Civil Veterinary Dept. Bombay admin report 1914-1922 - 1914-1922
Year: 1914
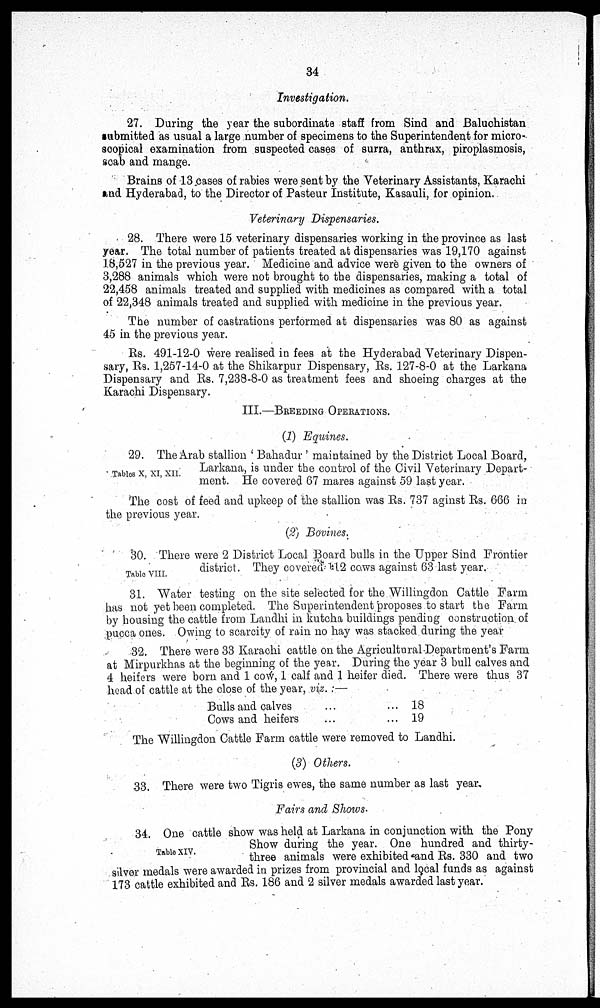
34
Investigation.
27. During the year the subordinate staff from Sind and Baluchistan
submitted as usual a large number of specimens to the Superintendent for micro-
scopical examination from suspected cases of surra, anthrax, piroplasmosis,
scab and mange.
Brains of 13 cases of rabies were sent by the Veterinary Assistants, Karachi
and Hyderabad, to the Director of Pasteur Institute, Kasauli, for opinion.
Veterinary Dispensaries.
28. There were 15 veterinary dispensaries working in the province as last
year. The total number of patients treated at dispensaries was 19,170 against
18,527 in the previous year. Medicine and advice were given to the owners of
3,288 animals which were not brought to the dispensaries, making a total of
22,458 animals treated and supplied with medicines as compared with a total
of 22,348 animals treated and supplied with medicine in the previous year.
The number of castrations performed at dispensaries was 80 as against
45 in the previous year.
Rs. 491-12-0 were realised in fees at the Hyderabad Veterinary Dispen-
sary, Rs. 1,257-14-0 at the Shikarpur Dispensary, Rs. 127-8-0 at the Larkana
Dispensary and Rs. 7,238-8-0 as treatment fees and shoeing charges at the
Karachi Dispensary.
III.—BREEDING OPERATIONS.
(1) Equines.
Tables X, XI, XII.
29. The Arab stallion 'Bahadur' maintained by the District Local Board,
Larkana, is under the control of the Civil Veterinary Depart-
ment. He covered 67 mares against 59 last year.
The cost of feed and upkeep of the stallion was Rs. 737 aginst Rs. 666 in
the previous year.
(2) Bovines;
Table VIII.
30. There were 2 District Local Board bulls in the Upper Sind Frontier
district. They covered 112 cows against 63 last year.
31. Water testing on the site selected for the Willingdon Cattle Farm
has not yet been completed. The Superintendent proposes to start the Farm
by housing the cattle from Landhi in kutcha buildings pending construction of
pucca ones. Owing to scarcity of rain no hay was stacked during the year
32. There were 33 Karachi cattle on the Agricultural Department's Farm
at Mirpurkhas at the beginning of the year. During the year 3 bull calves and
4 heifers were born and 1 cow, 1 calf and 1 heifer died. There were thus 37
head of cattle at the close of the year, viz. :—
Bulls and calves ... ...
Cows and heifers ... ...
18
19
The Willingdon Cattle Farm cattle were removed to Landhi.
(3) Others.
33. There were two Tigris ewes, the same number as last year.
Fairs and Shows.
Table XIV.
34. One cattle show was held at Larkana in conjunction with the Pony
Show during the year. One hundred and thirty-
three animals were exhibited and Rs. 330 and two
silver medals were awarded in prizes from provincial and local funds as against
173 cattle exhibited and Rs. 186 and 2 silver medals awarded last year.